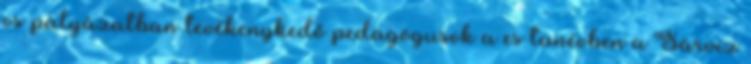
os pályázatban tevékenykedő pedagógusok a es tanévben a Sárvíz